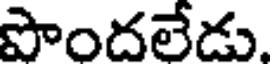
పొందలేడు.